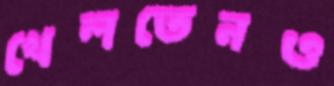
খেলতেনও